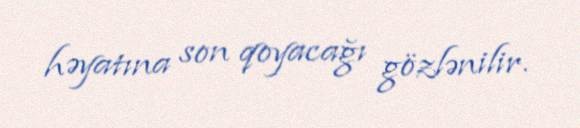
həyatına son qoyacağı gözlənilir.